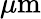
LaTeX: \mu\textrm{m}